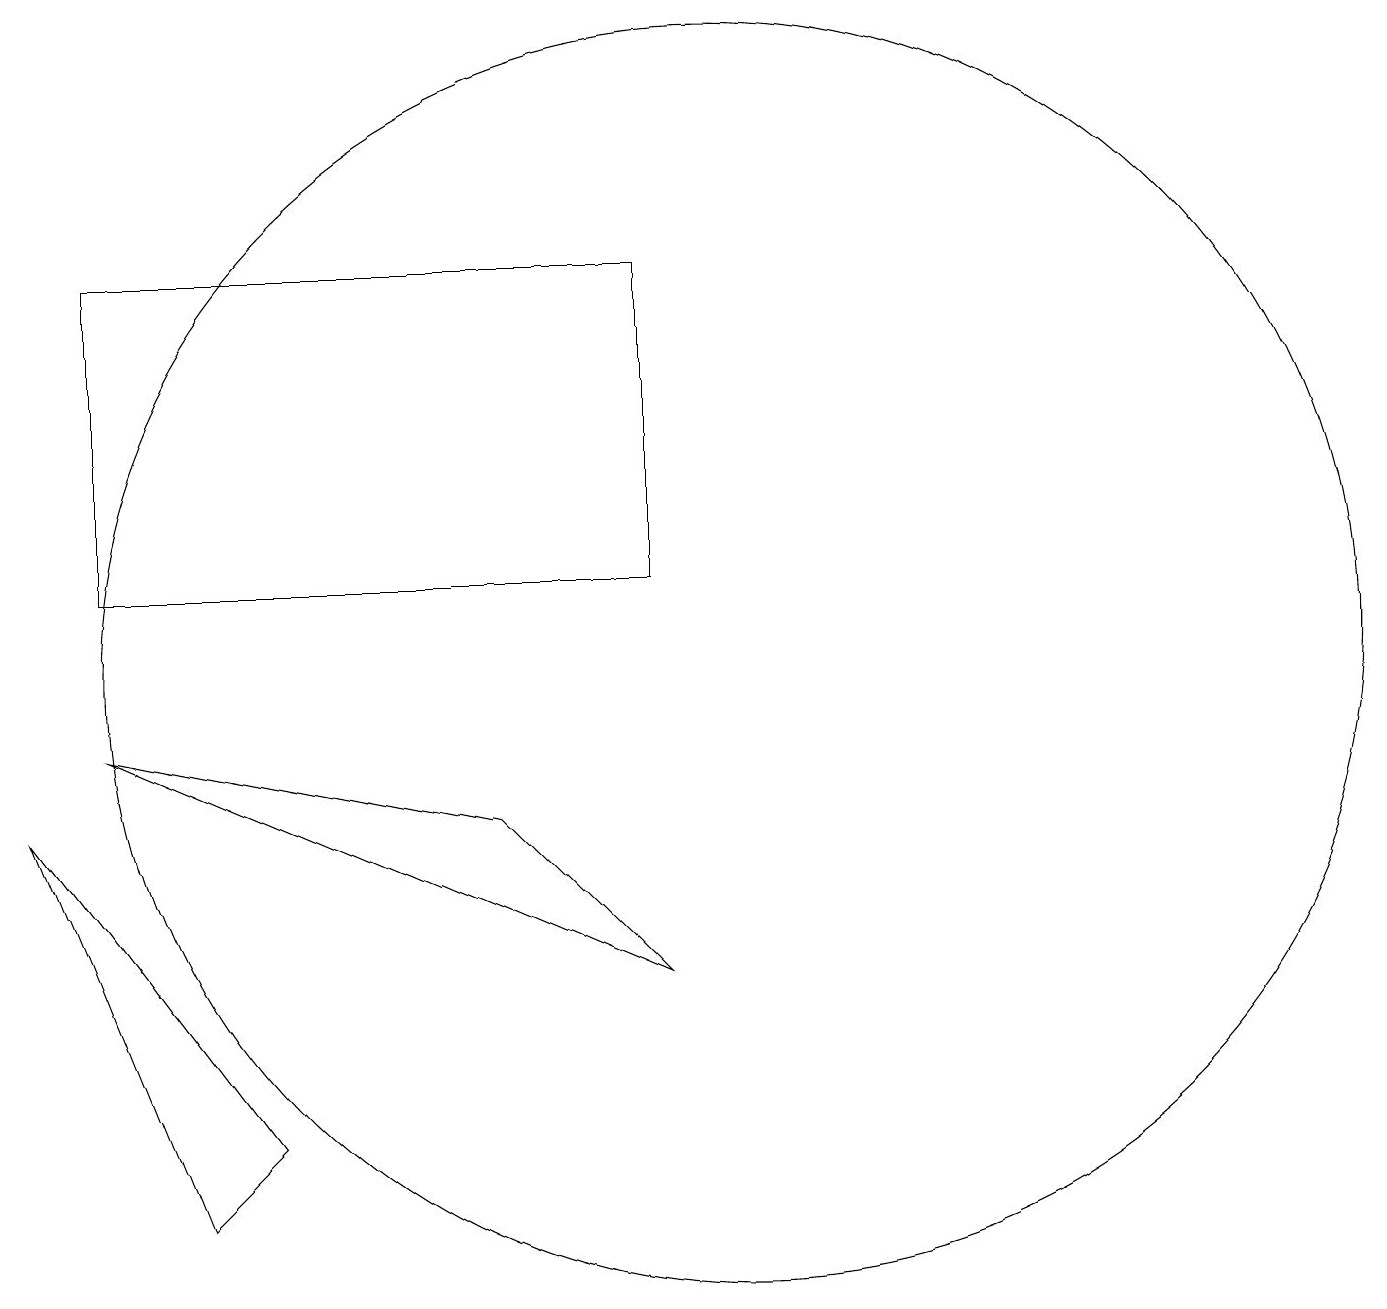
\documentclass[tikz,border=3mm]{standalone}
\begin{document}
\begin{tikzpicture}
\draw (2,15) rectangle (9,11);
\draw (10,10) circle (8);
\draw (9,6) -- (2,9) -- (7,8) -- cycle;
\draw (4,4) -- (1,8) -- (3,3) -- cycle;
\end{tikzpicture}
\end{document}